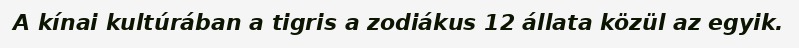
A kínai kultúrában a tigris a zodiákus 12 állata közül az egyik.